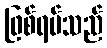
ဖြစ်ရပ်သည်